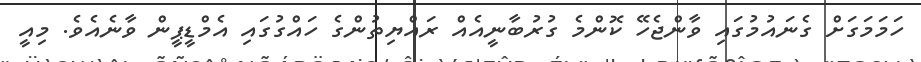
ހަމަމަގަށް ގެނައުމުގައި ވާންޖެހޭ ކޮންމެ ގުރުބާނީއެއް ރައްޔިތުންގެ ހައްގުގައި އެމްޑީޕީން ވާނެއެވެ. މިއީ